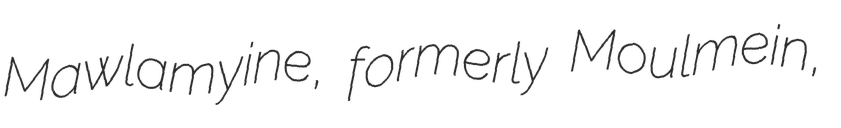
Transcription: Mawlamyine, formerly Moulmein,